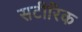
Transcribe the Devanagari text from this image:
सटीरिक